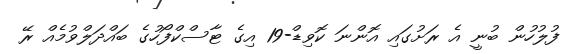
ފުލުހުން ބުނީ އެ ރަށުގައި އޮންނަ ކޮވިޑް-19 އިގެ ޓާސްކްފޯހުގެ ބައްދަލްވުމެއް ރޭ